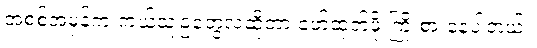
အစစ်အမှန်က ဘယ်သူ့ဥတွေလဲဆိုတာ ဖော်ထုတ်ဖို့ ကြိုးစားနေပါတယ်။